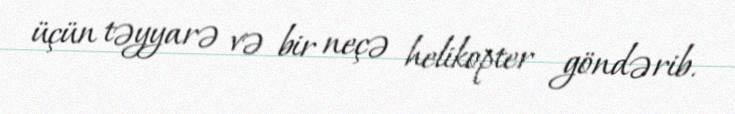
üçün təyyarə və bir neçə helikopter göndərib.